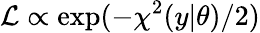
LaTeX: \mathcal{L}\propto\exp(-\chi^{2}(y|\theta)/2)